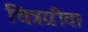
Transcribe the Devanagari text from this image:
चित्रग्रीवा